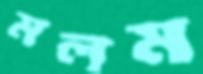
মলম